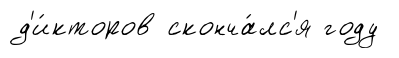
д'и́кторов сконча́лс'я году